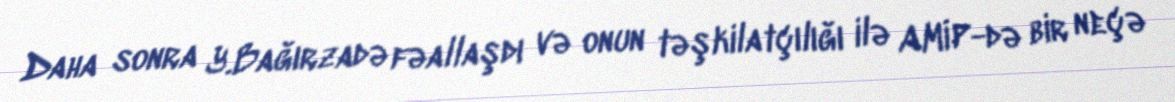
Daha sonra Y.Bağırzadə fəallaşdı və onun təşkilatçılığı ilə AMİP-də bir neçə